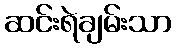
ဆင်းရဲချမ်းသာ